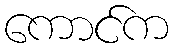
ကောင်က